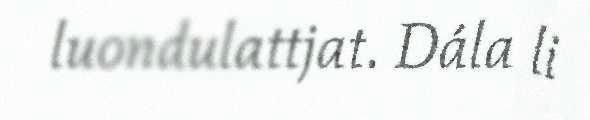
luondulattjat. Dála li